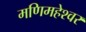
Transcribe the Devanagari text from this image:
मणिमहेश्‍वर